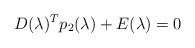
LaTeX: \begin{align*} D(\lambda)^Tp_2(\lambda)+ E(\lambda)=0\end{align*}